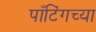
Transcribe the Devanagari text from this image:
पाँटिंगच्या